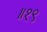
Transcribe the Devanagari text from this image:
॥१९